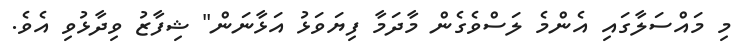
މި މައްސަލާގައި އެންމެ ލަސްވެގެން މާދަމާ ފިޔަވަޅު އަޅާނަން" ޝިފާޒު ވިދާޅުވި އެވެ.